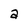
Character: a